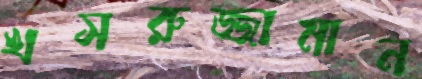
খসরুজ্জামান